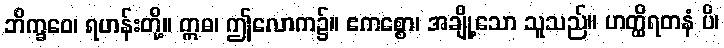
ဘိက္ခဝေ၊ ရဟန်းတို့။ ဣဓ၊ ဤလောက၌။ ဧကစ္စော၊ အချို့သော သူသည်။ ဟတ္ထိရတနံ ပိ၊